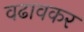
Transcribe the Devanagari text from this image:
वढावकर